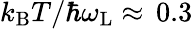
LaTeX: k_{\mathrm{B}}T/\hbar\omega_{\mathrm{L}}\approx\, 0.3